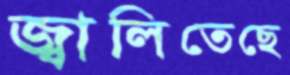
জ্বালিতেছে